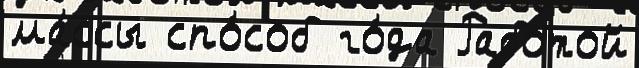
ма́ссы спо́соб го́да Рабо́той